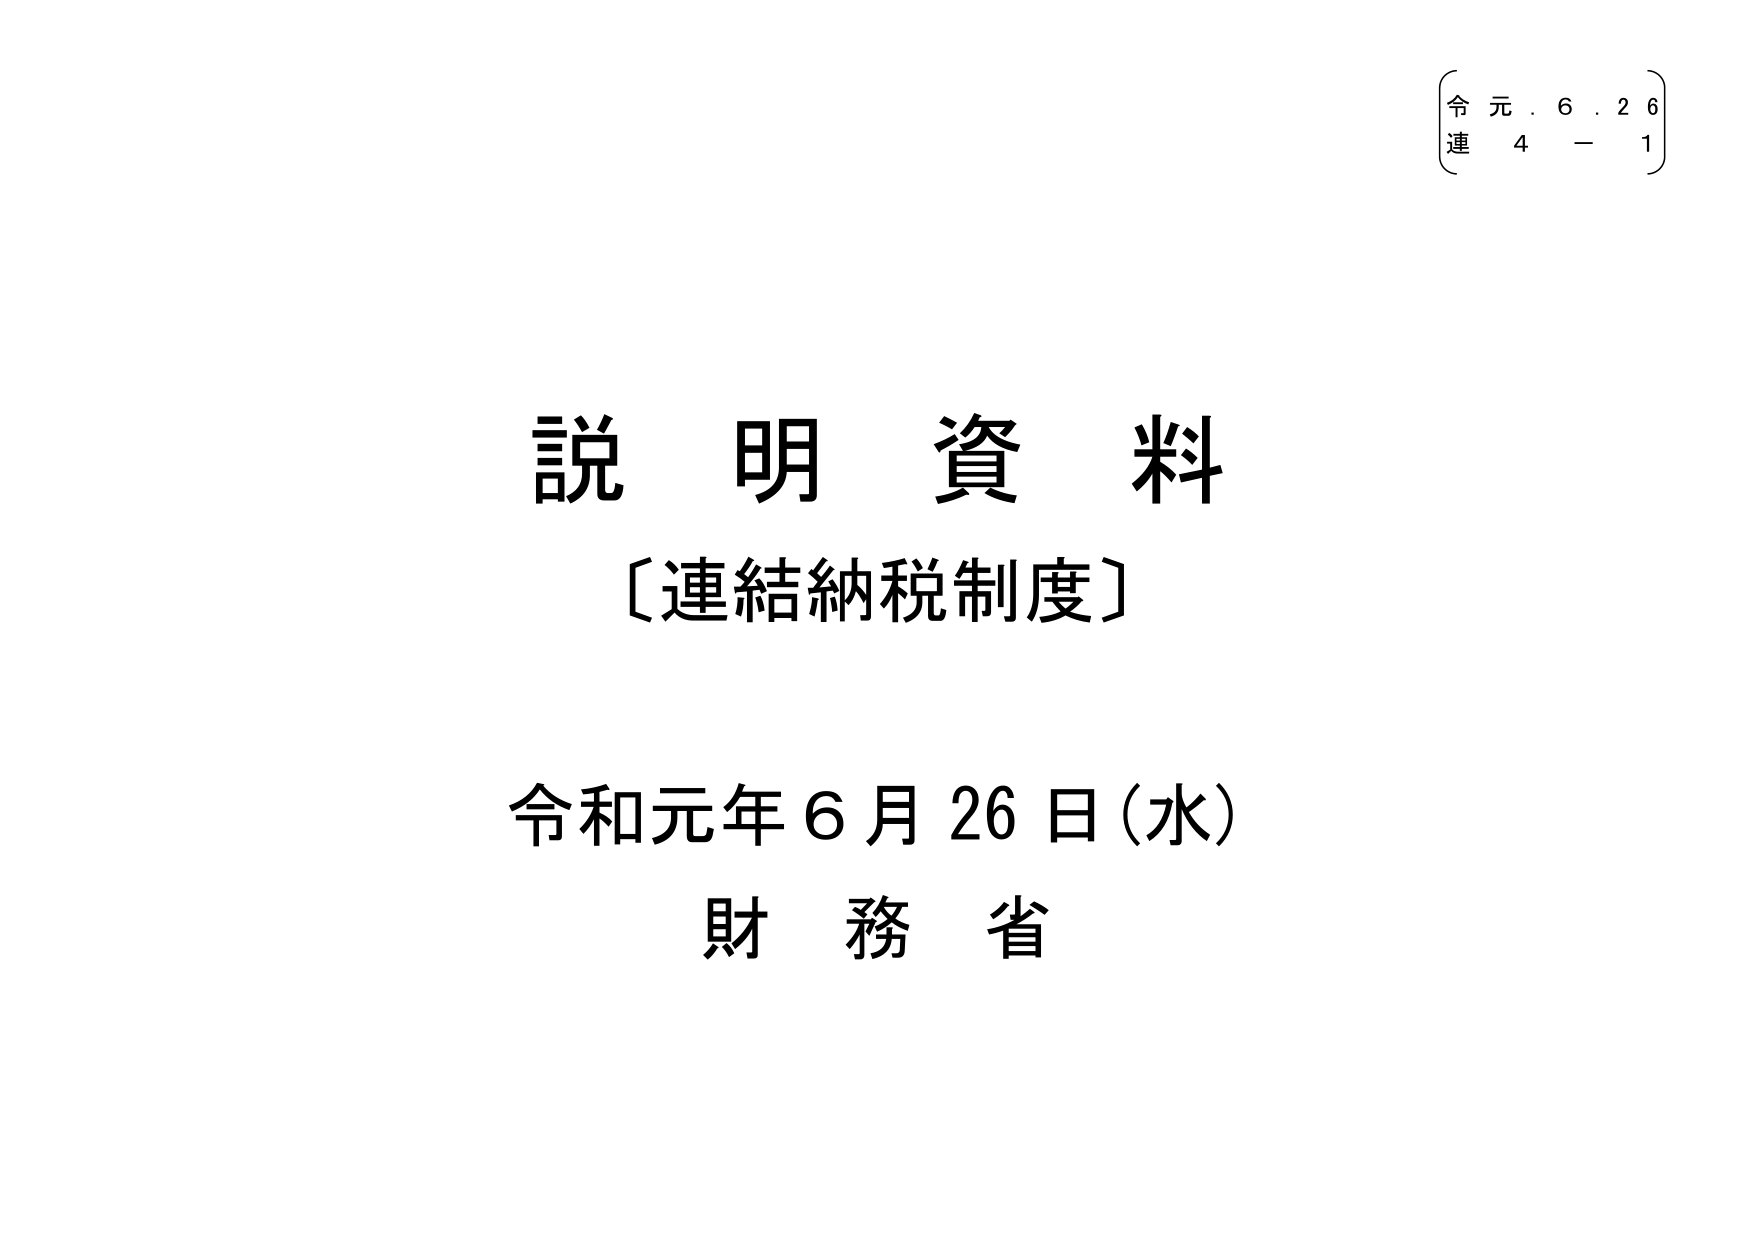
説明資料
〔連結納税制度〕

令和元年６月26日（水）
財務省

（令 元．６．２６）
（連 ４－１）